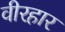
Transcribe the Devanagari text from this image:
वीरहार